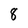
Character: 8